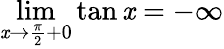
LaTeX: \lim\limits_{\mathit{x}\rightarrow\frac{{\pi}}{{2}}+0}\tan\mathit{x}=-\infty